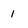
Character: 1